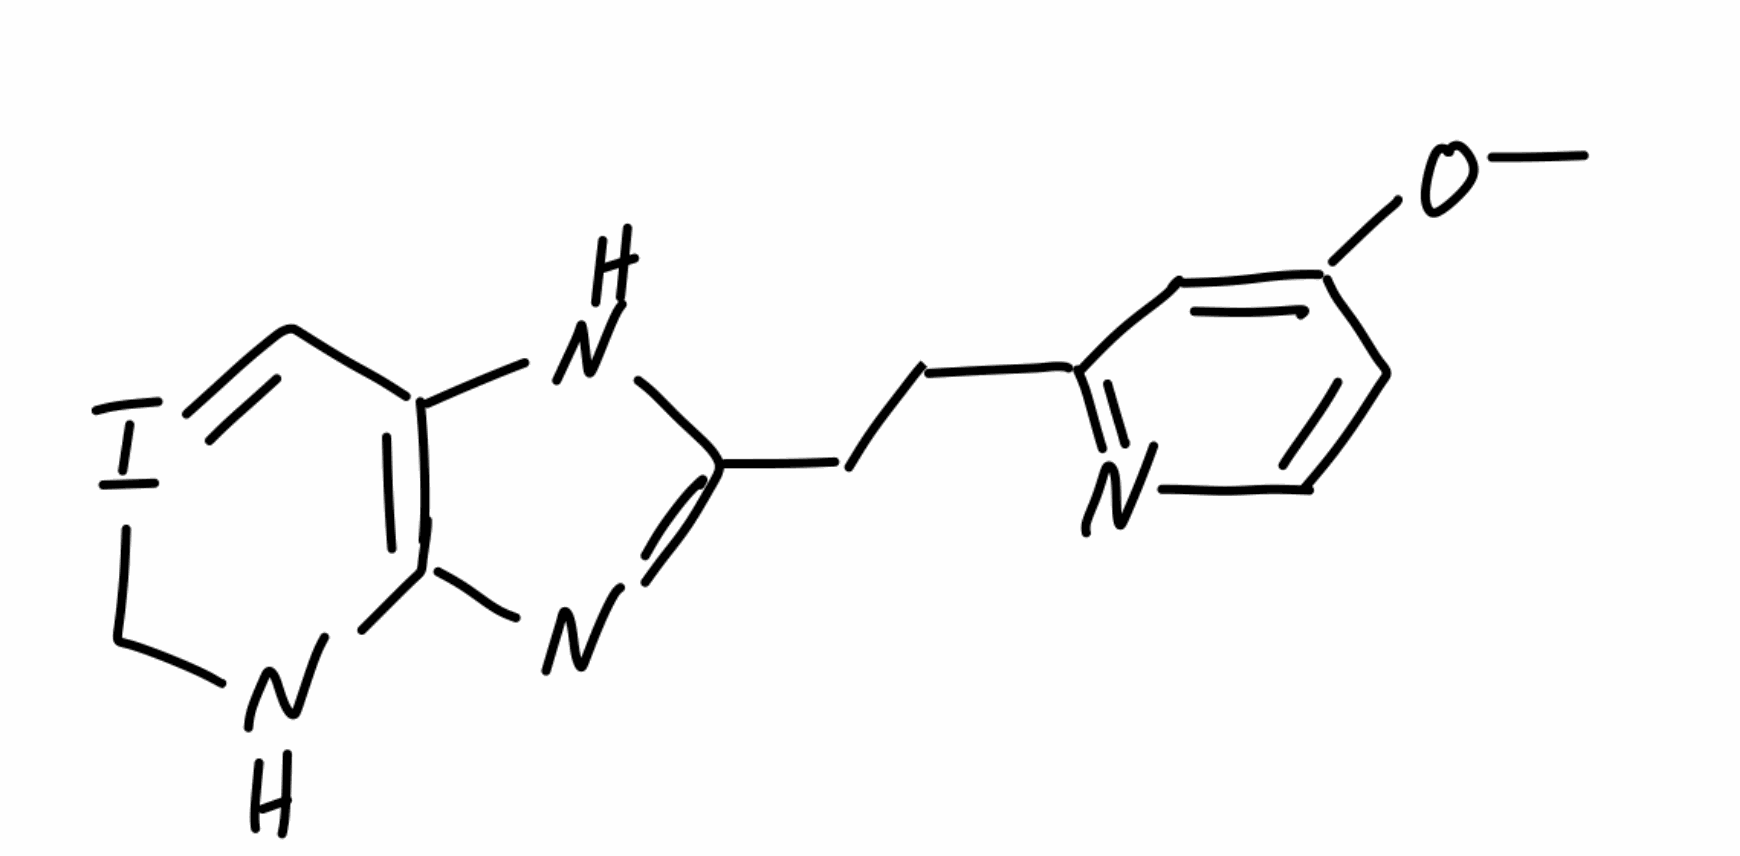
Simplified molecular-input line-entry system (SMILES) notation of the given molecule:
COC1=CC(=NC=C1)CCC2=NC3=C(N2)C=ICN3